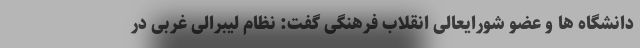
دانشگاه ها و عضو شورایعالی انقلاب فرهنگی گفت: نظام لیبرالی غربی در